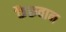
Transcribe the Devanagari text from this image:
कैरूवान